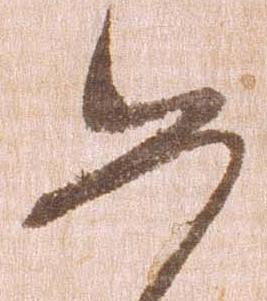
如